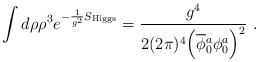
\begin{align*}\int d\rho \rho^3 e^{-\frac{1}{g^2}S_{\rm Higgs}} =\frac{g^4}{2(2\pi)^4\Big(\overline\phi{}_0^a\phi_0^a\Big)^2} ~.\end{align*}